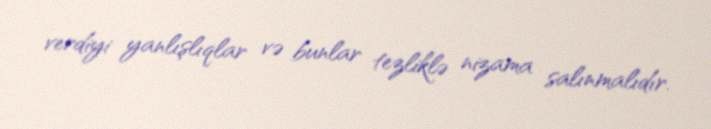
verdiyi yanlışlıqlar və bunlar tezliklə nizama salınmalıdır.